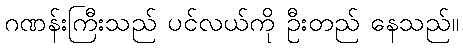
ဂဏန်းကြီးသည် ပင်လယ်ကို ဦးတည် နေသည်။